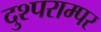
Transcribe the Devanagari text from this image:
दुश्पराम्पर